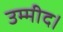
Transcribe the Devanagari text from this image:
उम्मीद।